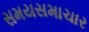
સમયસમાચાર